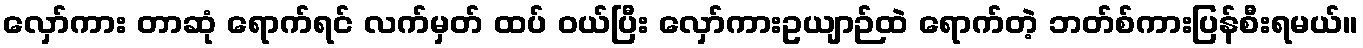
လှော်ကား တာဆုံ ရောက်ရင် လက်မှတ် ထပ် ဝယ်ပြီး လှော်ကားဥယျာဉ်ထဲ ရောက်တဲ့ ဘတ်စ်ကားပြန်စီးရမယ်။